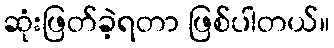
ဆုံးဖြတ်ခဲ့ရတာ ဖြစ်ပါတယ်။